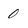
Character: 0